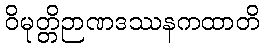
ဝိမုတ္တိဉာဏဒဿနကထာတိ